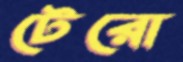
টেরো